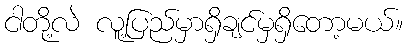
ငါတို့လဲ လူ့ပြည်မှာရှိချင်မှရှိတော့မယ်။